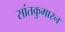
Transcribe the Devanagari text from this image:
सांतकुमारन